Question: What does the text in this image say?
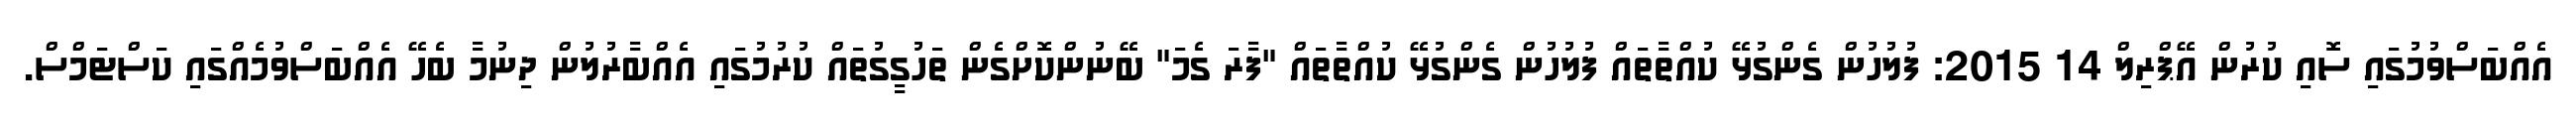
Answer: އެއްބަސްވުމުގައި ސޮއި ކުރުން އޭޕްރިލް 14 2015: ފުލުހުން ގެންގުޅޭ ކުއްތާތައް ފުލުހުން ގެންގުޅޭ ކުއްތާތައް "ފާރަ ގެމަ" ބޭނުންކޮށްގެން ތަހުގީގުތައް ކުރުމުގައި އެއްބާރުލުން ދިނުމާ ބެހޭ އެއްބަސްވުމެއްގައި ކަސްޓަމްސް.